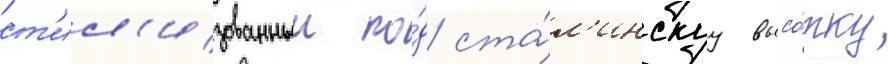
ст'ил'изованныи по́д ста́л'инскуу высо́тку